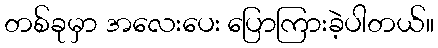
တစ်ခုမှာ အလေးပေး ပြောကြားခဲ့ပါတယ်။